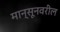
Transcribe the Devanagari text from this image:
मान्सूनवरील